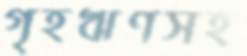
গৃহঋণসহ